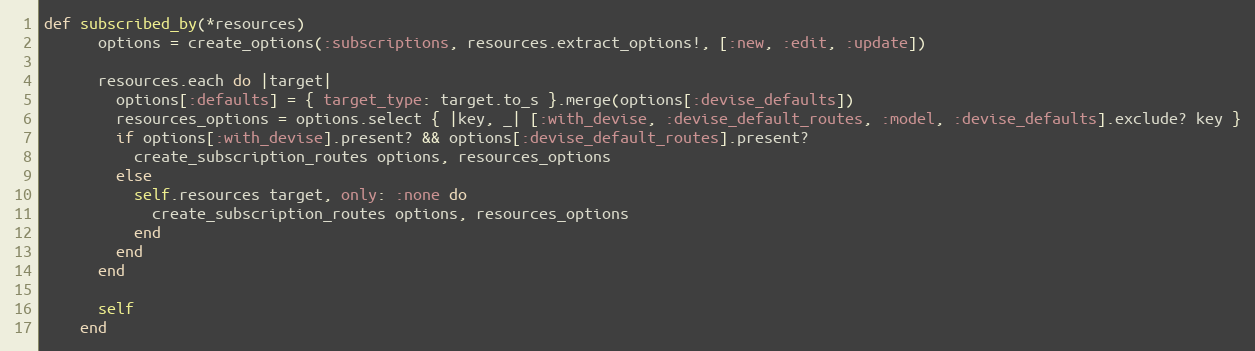
Language: Ruby
def subscribed_by(*resources)
      options = create_options(:subscriptions, resources.extract_options!, [:new, :edit, :update])

      resources.each do |target|
        options[:defaults] = { target_type: target.to_s }.merge(options[:devise_defaults])
        resources_options = options.select { |key, _| [:with_devise, :devise_default_routes, :model, :devise_defaults].exclude? key }
        if options[:with_devise].present? && options[:devise_default_routes].present?
          create_subscription_routes options, resources_options
        else
          self.resources target, only: :none do
            create_subscription_routes options, resources_options
          end
        end
      end

      self
    end